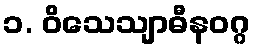
၁. ဝိသေသျာဓီနဝဂ္ဂ